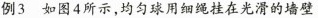
例3 如图4所示，均匀球用细绳挂在光滑的墙壁